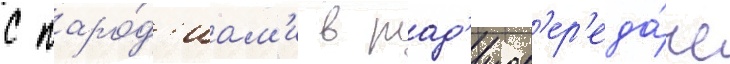
с паро́д'иам'и в рад'иоп'ер'еда́че